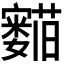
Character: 𬟛